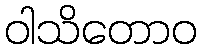
ဝါသိတောဝ